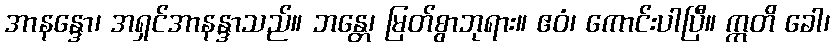
အာနန္ဒော၊ အရှင်အာနန္ဒာသည်။ ဘန္တေ၊ မြတ်စွာဘုရား။ ဧဝံ၊ ကောင်းပါပြီ။ ဣတိ ခေါ၊